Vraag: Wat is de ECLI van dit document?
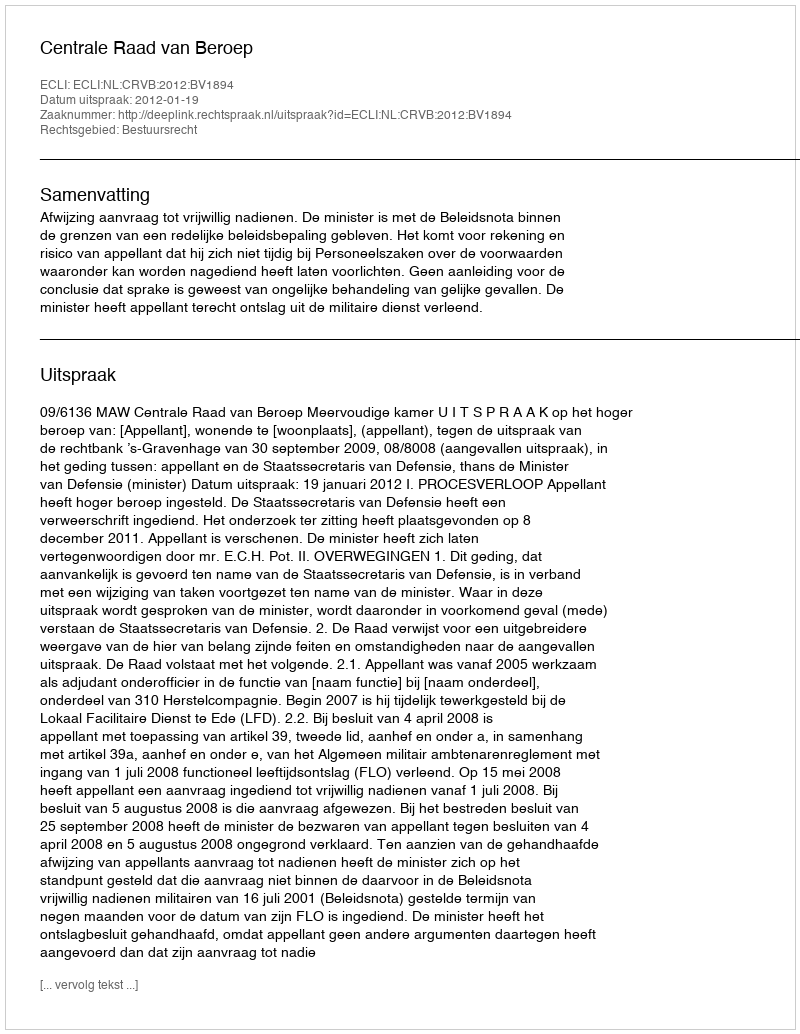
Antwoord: ECLI:NL:CRVB:2012:BV1894